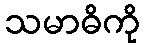
သမာဓိကို